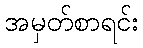
အမှတ်စာရင်း